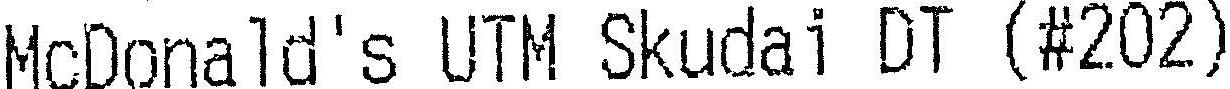
MCDONALD'S UTM SKUDAI DT (#202)